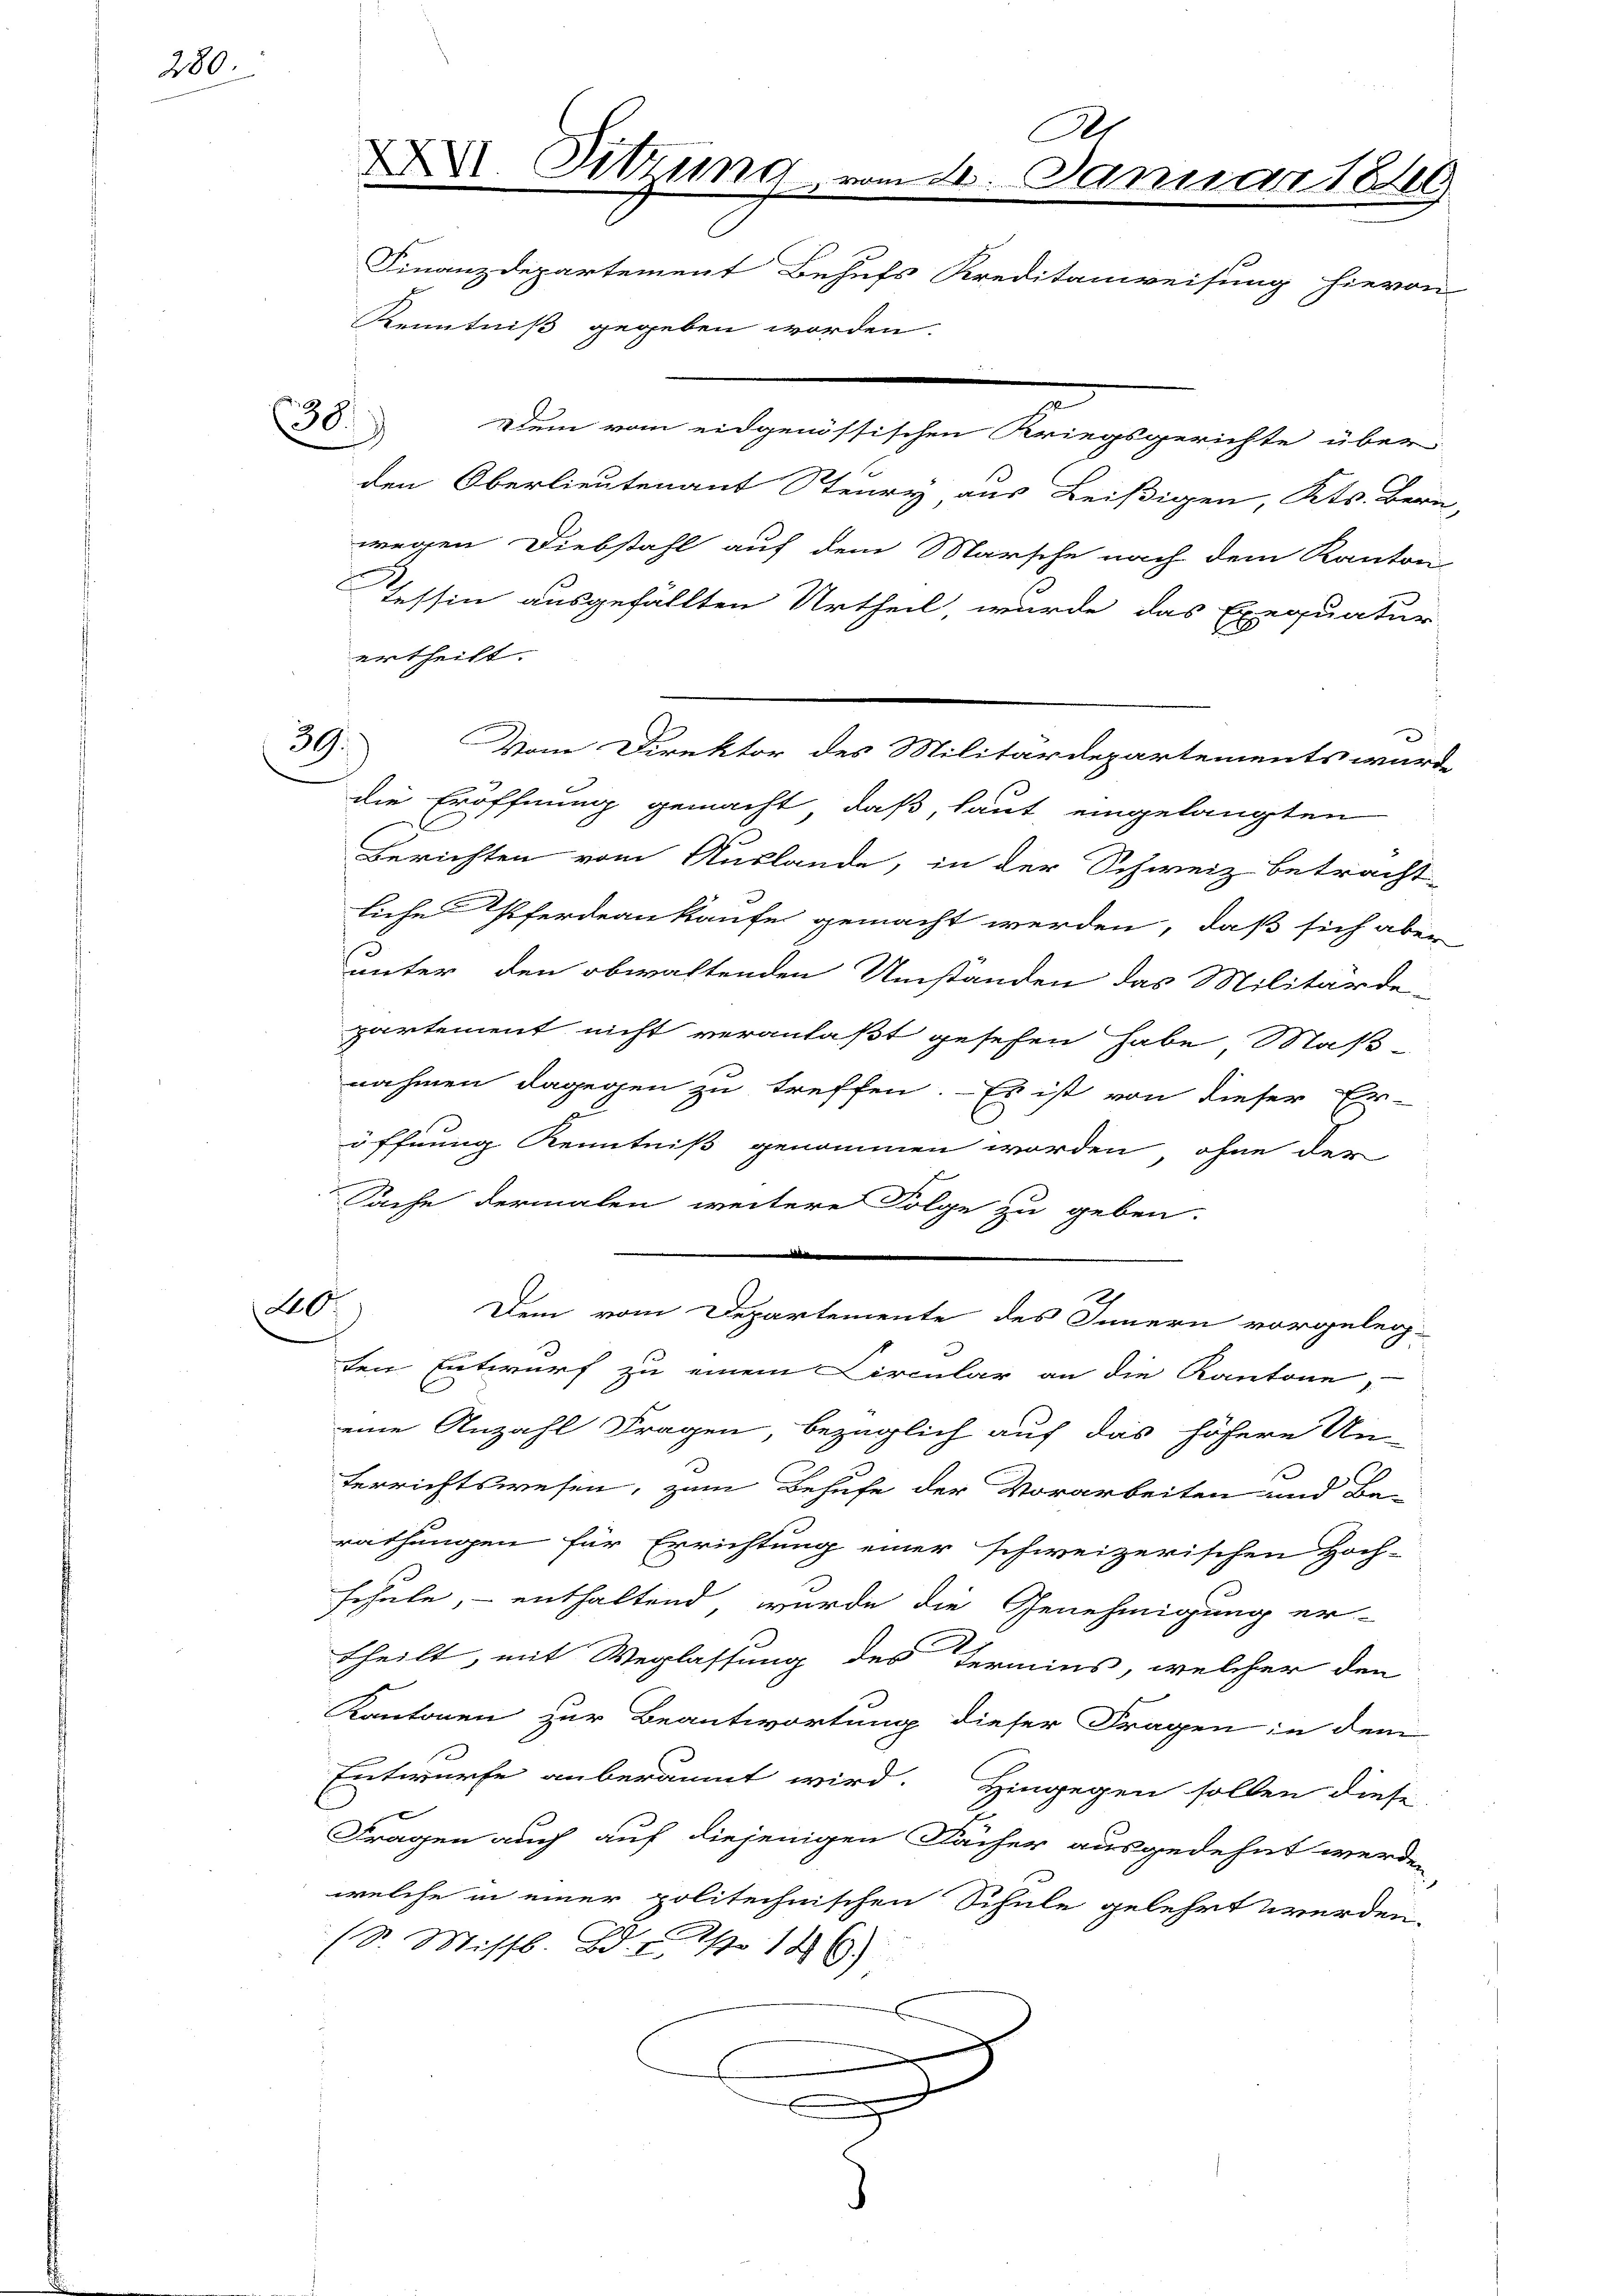
280.

38

39.

.
Dem vom eidgenössischen Kriegsgerichte über
den Oberlieutenant Steary aus Beißigen, Kts. Bern,
wegen Diebstahl auf dem Marsche nach dem Kanton
Tessin ausgefällten Urtheil, wurde das Exequatur
ertheilt.
Vom Direktor des Militärdepartements wurde
die Eröffnung gemacht, daß, laut eingelangten
Berichten vom Auslande, in der Schweiz betracht-
liche Pferdeaukaufe gemacht werden, daß sich aber
s
unter den obwaltenden Umständen das Militärde-
partement nicht veranlaßt gesehen habe Maß
nahmen dagegen zu treffen. - Es ist von dieser Er-
öffnung Kenntniß genommen worden, ohne der
Sache dermalen weitere Folge zu geben.

20f
Dem vom Departemente des Innern vorgeleg-
ten Entwurf zu einem Circular an die Kantone,
eine Anzahl Fragen, bezüglich auf das höhere Un-
.
terrichtswesen, zum Behufe der Vorarbeiten und Be-
rathungen für Errichtung einer schweizerischen Hoch-
schule, – enthaltend wurde die Genehmigung er-
theilt, mit Weglassung des Termins, welcher den
Kantonen zur Beantwortung dieser Fragen in dem
e
Entwurfe anberäumt wird. Hingegen sollen diese
Fragen auch auf diejenigen Fächer ausgedehnt werden,
welche in einer politechnischen Schule gelehrt werden.
(S. Missl. Bd. d. 1. 186.)
e

As
X. Sitzung vom 4. Januar 1849
Finanzdepartement Behufs Kreditanweisung hievon
Kenntniß gegeben worden.